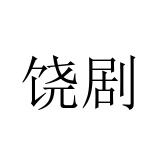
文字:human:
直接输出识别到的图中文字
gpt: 饶剧